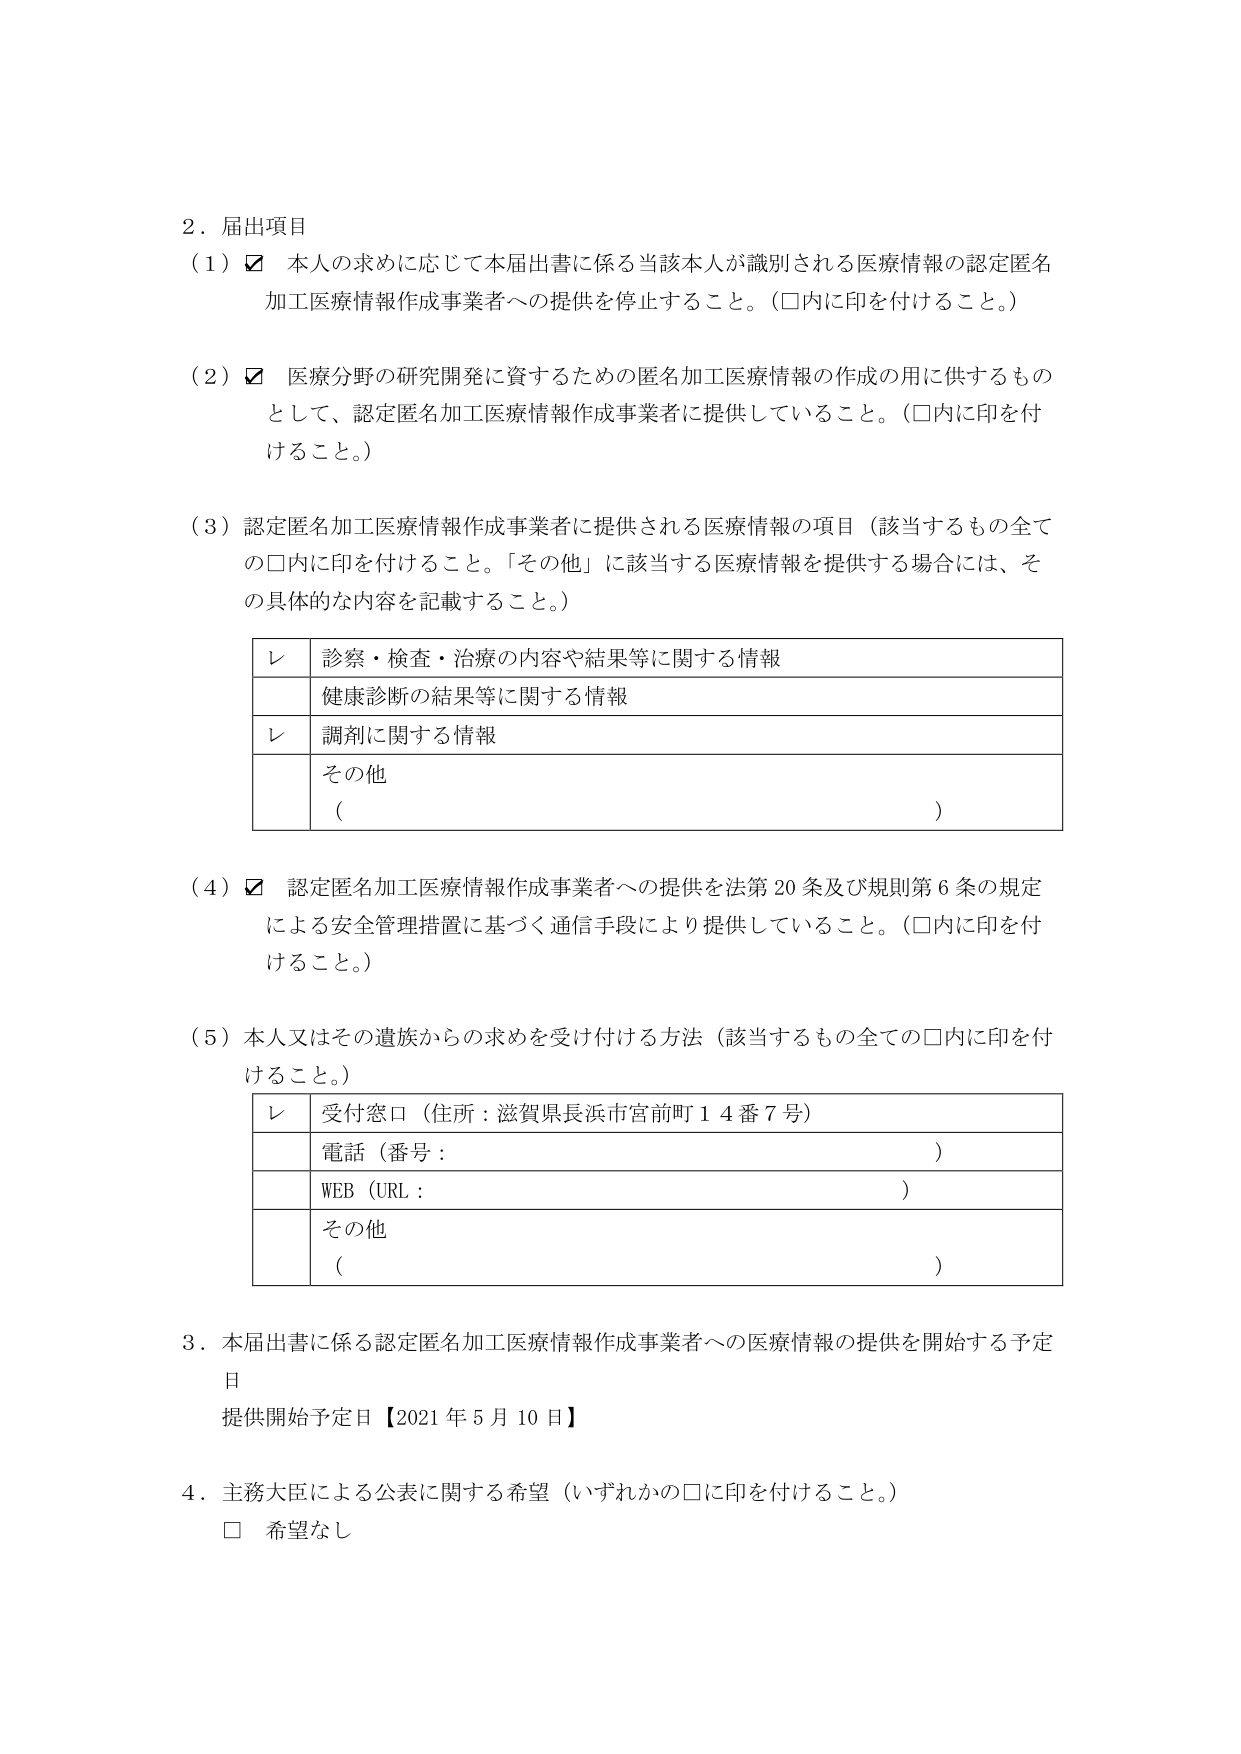
2．届出項目
（1）☑ 本人の求めに応じて本届出書に係る当該本人が識別される医療情報の認定匿名加工医療情報作成事業者への提供を停止すること。（□内に印を付けること。）

（2）☑ 医療分野の研究開発に資するための匿名加工医療情報の作成の用に供するものとして、認定匿名加工医療情報作成事業者に提供していること。（□内に印を付けること。）

（3）認定匿名加工医療情報作成事業者に提供される医療情報の項目（該当するもの全ての□内に印を付けること。「その他」に該当する医療情報を提供する場合には、その具体的な内容を記載すること。）

レ 診察・検査・治療の内容や結果等に関する情報
　 健康診断の結果等に関する情報
レ 調剤に関する情報
　 その他
　 （　　　　　　　　　　　　　　　　　　　　　　　　　　　　　　　　　　　　　）

（4）☑ 認定匿名加工医療情報作成事業者への提供を法第20条及び規則第6条の規定による安全管理措置に基づく通信手段により提供していること。（□内に印を付けること。）

（5）本人又はその遺族からの求めを受け付ける方法（該当するもの全ての□内に印を付けること。）

レ 受付窓口（住所：滋賀県長浜市宮前町14番7号）
　 電話（番号：　　　　　　　　　　　　　　　　　　　　　　　　　　　　　　）
　 WEB（URL：　　　　　　　　　　　　　　　　　　　　　　　　　　　　　　　）
　 その他
　 （　　　　　　　　　　　　　　　　　　　　　　　　　　　　　　　　　　　　　）

3．本届出書に係る認定匿名加工医療情報作成事業者への医療情報の提供を開始する予定日
　提供開始予定日【2021年5月10日】

4．主務大臣による公表に関する希望（いずれかの□に印を付けること。）
　□ 希望なし